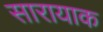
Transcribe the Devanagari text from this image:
सारायाक